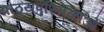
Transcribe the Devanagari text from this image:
पाठ्यपुस्तिकाओं